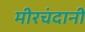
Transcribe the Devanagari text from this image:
मीरचंदानी